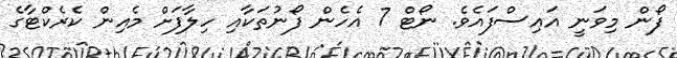
ފޯން މިވަނީ އައިސްފައެވެ. ނޯޓް 7 އެހެން ފޯނުތަކާއި ހިލާފަށް މެއިން ކެރެކްޓާގެ